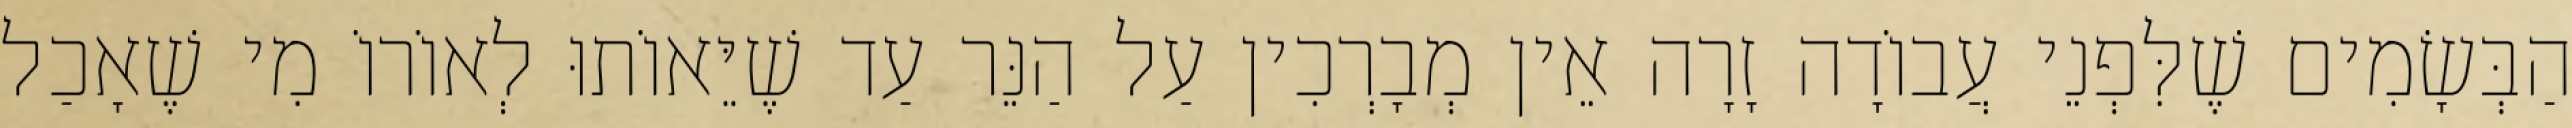
הַבְּשָׂמִים שֶׁלִּפְנֵי עֲבוֹדָה זָרָה אֵין מְבָרְכִין עַל הַנֵּר עַד שֶׁיֵּאוֹתוּ לְאוֹרוֹ מִי שֶׁאָכַל